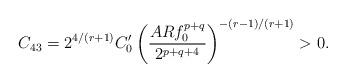
LaTeX: \begin{align*}C_{43}=2^{4/(r+1)}C_0'\left(\frac{ARf_0^{p+q}}{2^{p+q+4}}\right)^{-(r-1)/(r+1)}>0.\end{align*}